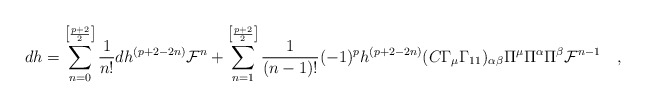
\begin{align*}dh=\sum_{n=0}^{\left[\frac{p+2}{2}\right]}\frac{1}{n!}dh^{(p+2-2n)} {\cal F}^n +\sum_{n=1}^{\left[\frac{p+2}{2}\right]}\frac{1}{(n-1)!} (-1)^p h^{(p+2-2n)}(C\Gamma_\mu\Gamma_{11})_{\alpha\beta}\Pi^\mu \Pi^\alpha\Pi^\beta {\cal F}^{n-1}\quad , \end{align*}